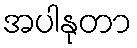
အပါနုတာ